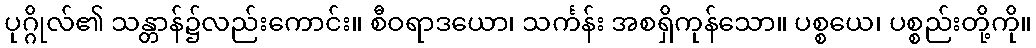
ပုဂ္ဂိုလ်၏ သန္တာန်၌လည်းကောင်း။ စီဝရာဒယော၊ သင်္ကန်း အစရှိကုန်သော။ ပစ္စယေ၊ ပစ္စည်းတို့ကို။